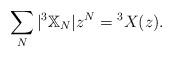
LaTeX: \begin{align*}\sum_N |^3\mathbb{X}_N| z^N={}^3X(z).\end{align*}